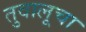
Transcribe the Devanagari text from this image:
तुवालूचा